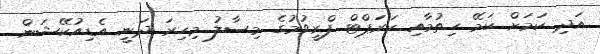
އަދި ކަމަށް ކަމޭ ހިތުމާއި ކަރަޕްޓް ފްރީވުމުގެ މިސާލު މިހިރަ ދަނީ އެޑިއުކޭޝަން